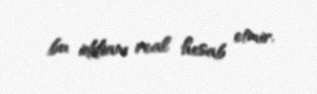
bu iddianı real hesab etmir.